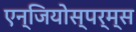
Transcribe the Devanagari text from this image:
एन्जियोस्पर्म्स